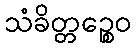
သံခိတ္တဉ္စေဝ